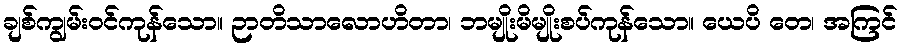
ချစ်ကျွမ်းဝင်ကုန်သော။ ဉာတိသာလောဟိတာ၊ ဘမျိုးမိမျိုးစပ်ကုန်သော။ ယေပိ တေ၊ အကြင်